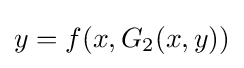
y=f(x,G_{2}(x,y))